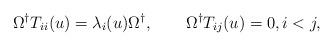
LaTeX: \begin{gather*} \Omega^\dagger T_{ii}(u) = \lambda_i(u) \Omega^\dagger, \qquad\Omega^\dagger T_{ij}(u)=0, i<j,\end{gather*}